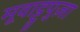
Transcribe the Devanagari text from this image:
मूवाट्टुपुज़ा